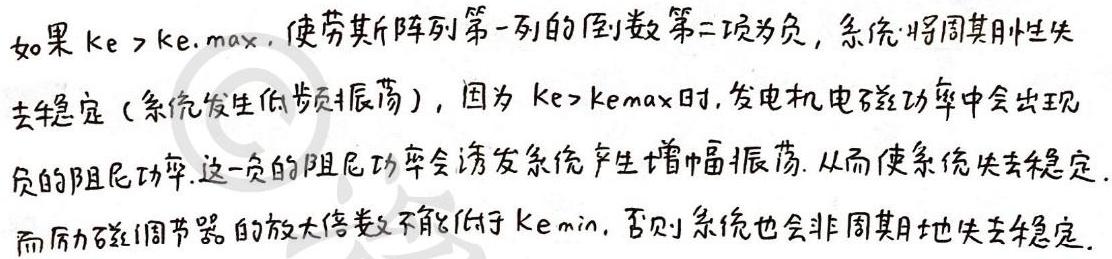
如果 $ke > ke.\max$，使劳斯阵列第一列的倒数第二项为负，系统将周期性失去稳定（系统发生低频振荡），因为 $ke>ke_{\max}$ 时，发电机电磁功率中会出现负的阻尼功率. 这一负的阻尼功率会诱发系统产生增幅振荡. 从而使系统失去稳定. 而励磁调节器的放大倍数又不能低于 $ke_{\min}$，否则系统也会非周期地失去稳定.